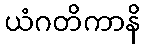
ယံဂတိကာနိ